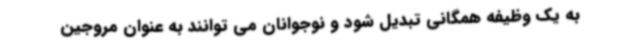
به یک وظیفه همگانی تبدیل شود و نوجوانان می توانند به عنوان مروجین